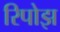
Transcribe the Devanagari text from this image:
रिपोझ